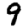
Digit: 9